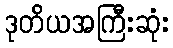
ဒုတိယအကြီးဆုံး